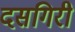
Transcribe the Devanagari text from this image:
दसगिरी